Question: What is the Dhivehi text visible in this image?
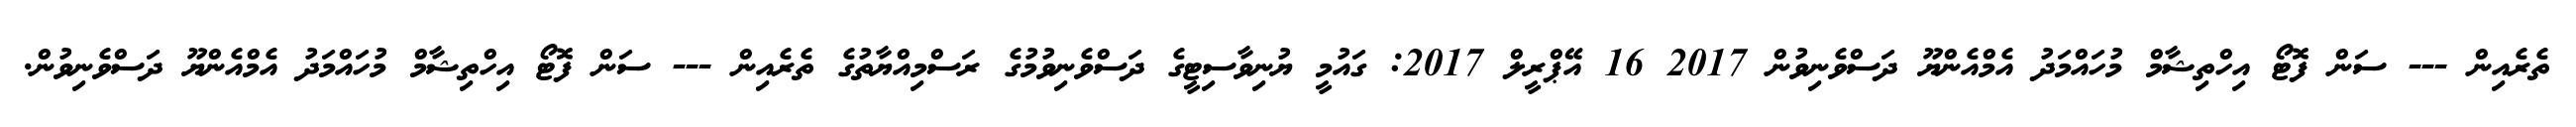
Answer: ތެރެއިން --- ސަން ފޮޓޯ އިހްތިޝާމް މުހައްމަދު އެމްއެންޔޫ ދަސްވެނިވުން 2017 16 އޭޕްރީލް 2017: ގައުމީ ޔުނިވާސިޓީގެ ދަސްވެނިވުމުގެ ރަސްމިއްޔާތުގެ ތެރެއިން --- ސަން ފޮޓޯ އިހްތިޝާމް މުހައްމަދު އެމްއެންޔޫ ދަސްވެނިވުން.